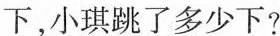
下，小琪跳了多少下?